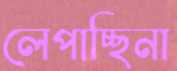
লেপাচ্ছিনা